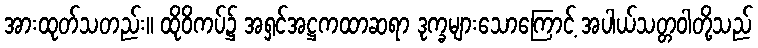
အားထုတ်သတည်း။ ထိုဝိကပ်၌ အရှင်အဋ္ဌကထာဆရာ ဒုက္ခများသောကြောင့် အပါယ်သတ္တဝါတို့သည်